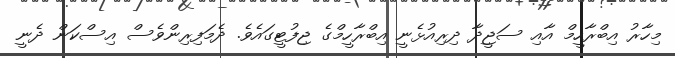
މިހާރު އިބްރާހީމް އާއި ސަޖީދާ ދިރިއުޅެނީ އިބްރާހީމްގެ ޖިފުޓީގައެވެ. ދެމަފިރިންވެސް އިސްކަން ދެނީ